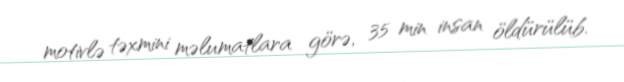
motivlə təxmini məlumatlara görə, 35 min insan öldürülüb.